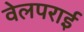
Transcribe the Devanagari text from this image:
वेलपराई